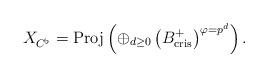
LaTeX: \begin{align*}X_{C^\flat}=\mathrm{Proj}\left(\oplus_{d\geq 0}\left(B^+_{\mathrm{cris}}\right)^{\varphi=p^d}\right).\end{align*}